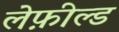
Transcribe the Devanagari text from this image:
लेफ़ील्ड